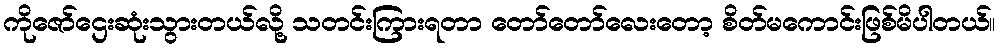
ကိုဇော်ဌေးဆုံးသွားတယ်လို့ သတင်းကြားရတာ တော်တော်လေးတော့ စိတ်မကောင်းဖြစ်မိပါတယ်။